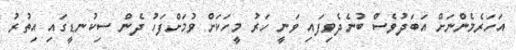
އަހަރެމެންނަށް އަބަދުވެސް ބުނެދެވިފައި ވަނީ ހަރު މީހަކަށް ވުމަށްފަހު ދެން ސިކުނޑީގައި އިތުރު